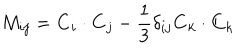
LaTeX: M _ { i j } = { \bf C } _ { i } \cdot { \bf C } _ { j } - { \frac { 1 } { 3 } } \delta _ { i j } { \bf C } _ { k } \cdot { \bf C } _ { k }